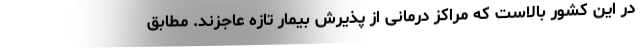
در این کشور بالاست که مراکز درمانی از پذیرش بیمار تازه عاجزند. مطابق